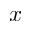
x